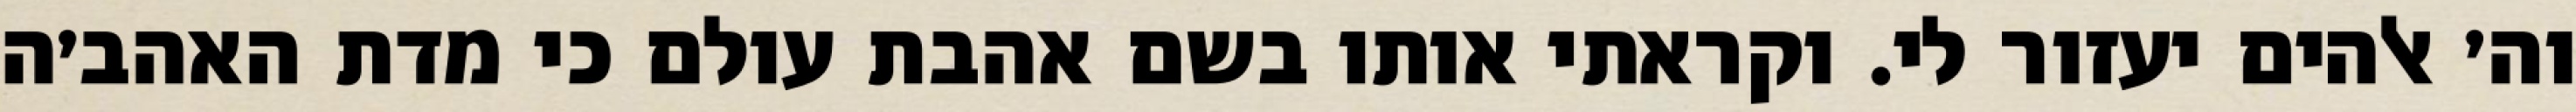
וה׳ אלהים יעזור לי. וקראתי אותו בשם אהבת עולם כי מדת האהב׳ה